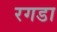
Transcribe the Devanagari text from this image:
रगडा